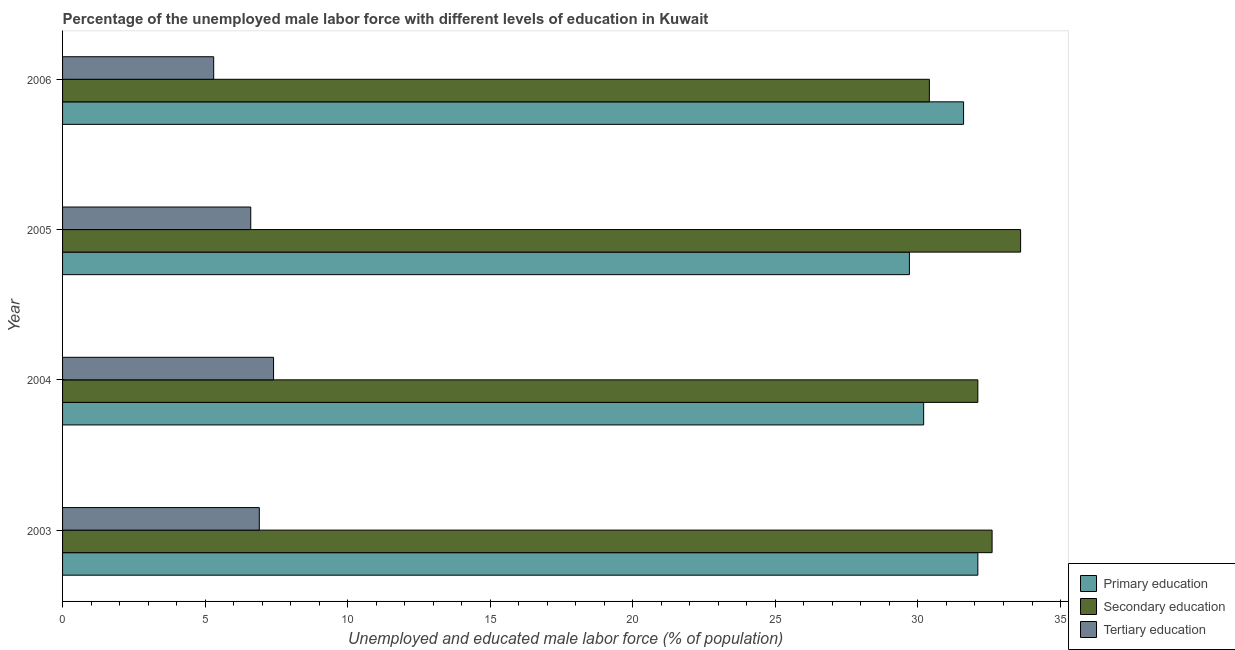
| Year | Primary education | Secondary education | Tertiary education |
 | --- | --- | --- | --- |
 | 2003 | 32.1 | 32.6 | 6.9 |
 | 2004 | 30.2 | 32.1 | 7.4 |
 | 2005 | 29.7 | 33.6 | 6.6 |
 | 2006 | 31.6 | 30.4 | 5.3 |